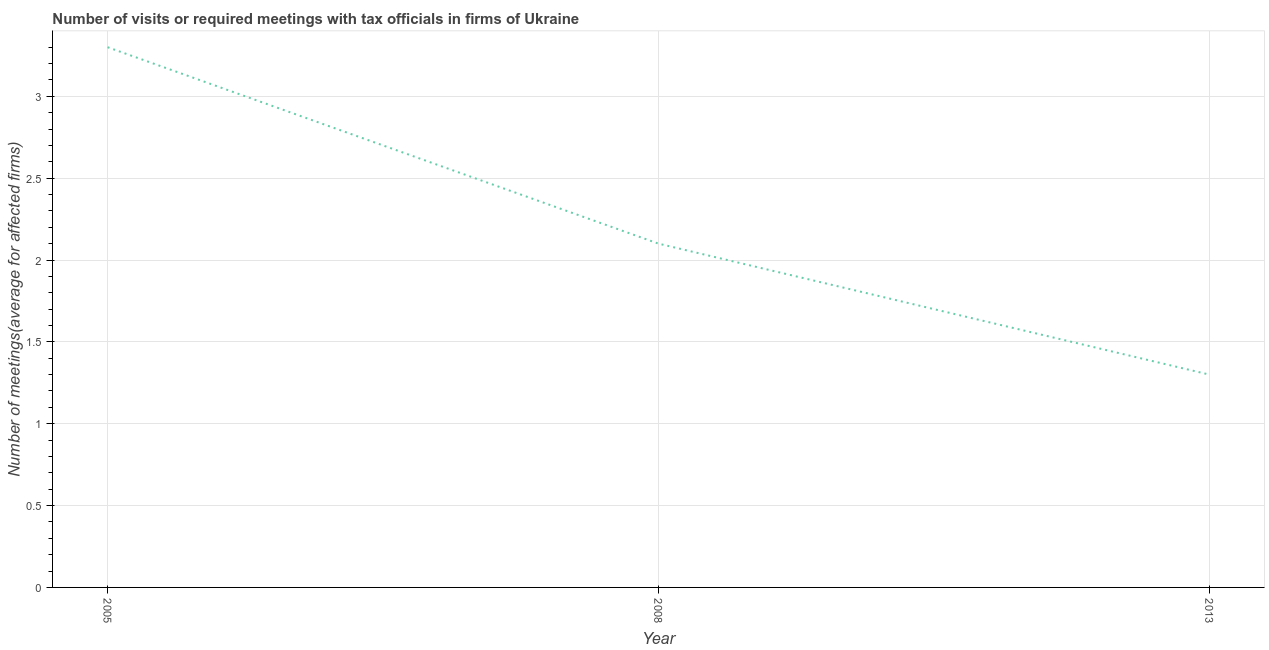
| Year | Meetings with tax officials |
 | --- | --- |
 | 2005 | 3.3 |
 | 2008 | 2.1 |
 | 2013 | 1.3 |